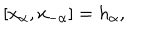
[ x _ { \alpha } , x _ { - \alpha } ] = h _ { \alpha } ,